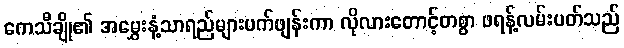
ကေသီချို၏ အမွှေးနံ့သာရည်များပက်ဖျန်းကာ လိုလားတောင့်တစွာ ဖရန့်လမ်းပတ်သည်